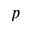
p